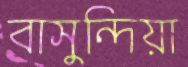
বাসুন্দিয়া